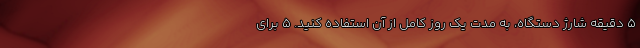
5 دقیقه شارژ دستگاه، به مدت یک روز کامل از آن استفاده کنید. 5 برای